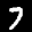
Label: 7